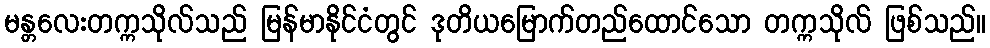
မန္တလေးတက္ကသိုလ်သည် မြန်မာနိုင်ငံတွင် ဒုတိယမြောက်တည်ထောင်သော တက္ကသိုလ် ဖြစ်သည်။